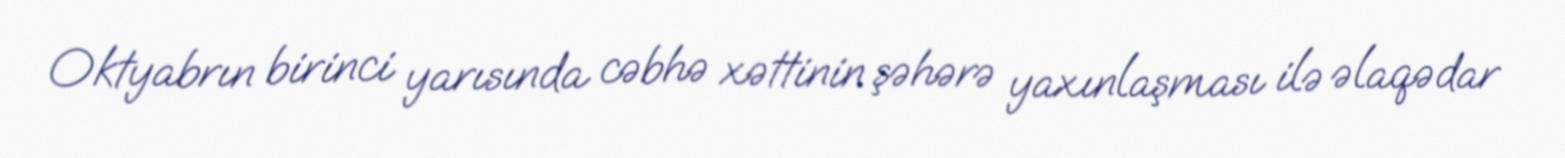
Oktyabrın birinci yarısında cəbhə xəttinin şəhərə yaxınlaşması ilə əlaqədar